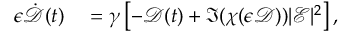
\begin{array} { r l } { \epsilon \dot { \mathcal { D } } ( t ) } & { { } = \gamma \left[ - \mathcal { D } ( t ) + \Im ( \chi ( \epsilon \mathcal { D } ) ) | \mathcal { E } | ^ { 2 } \right] , } \end{array}